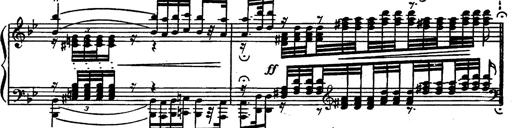
Title: Magyar rapszÃ³diÃ¡k
Composer: Franz Liszt